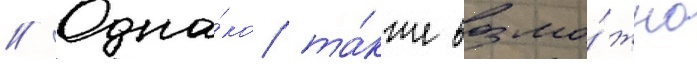
// Одна́ко та́кже возмо́жно